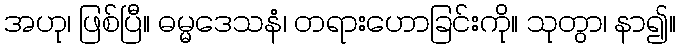
အဟု၊ ဖြစ်ပြီ။ ဓမ္မဒေသနံ၊ တရားဟောခြင်းကို။ သုတွာ၊ နာ၍။